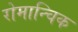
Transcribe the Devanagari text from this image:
रोमान्चिक